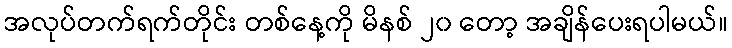
အလုပ်တက်ရက်တိုင်း တစ်နေ့ကို မိနစ် ၂၀ တော့ အချိန်ပေးရပါမယ်။